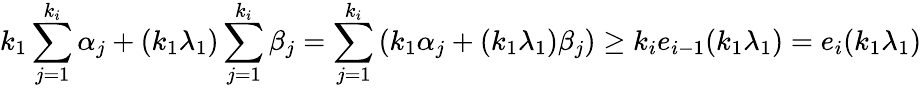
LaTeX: k_{1}\sum_{j=1}^{k_{i}}\alpha_{j}+(k_{1}\lambda_{1})\sum_{j=1}^{k_{i}}\beta_{j}=\sum_{j=1}^{k_{i}}\left(k_{1}\alpha_{j}+(k_{1}\lambda_{1})\beta_{j}\right)\geq k_{i}e_{i-1}(k_{1}\lambda_{1})=e_{i}(k_{1}\lambda_{1})